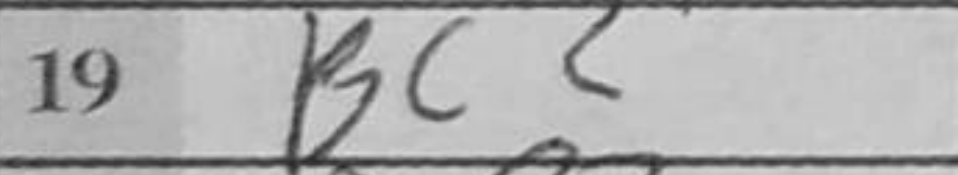
Transcription: Bc2